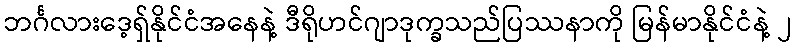
ဘင်္ဂလားဒေ့ရှ်နိုင်ငံအနေနဲ့ ဒီရိုဟင်ဂျာဒုက္ခသည်ပြဿနာကို မြန်မာနိုင်ငံနဲ့ ၂